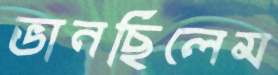
ভানছিলেম